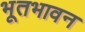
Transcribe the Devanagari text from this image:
भूतभावन